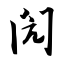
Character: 闶